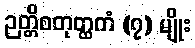
ဉတ္တိစတုတ္ထကံ (၇) မျိုး